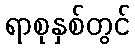
ရာစုနှစ်တွင်